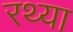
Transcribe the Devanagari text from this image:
रथ्या